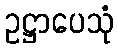
ဥဋ္ဌာပေသုံ